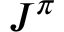
J ^ { \pi }